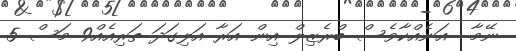
ނޭމާ  އަނެއްކާވެސް ބްރެޒިލް އިން އަރާ އަލިގަދަ ތަރިއެއް9 މަސް 5